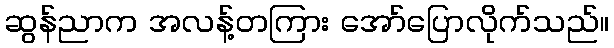
ဆွန်ညာက အလန့်တကြား အော်ပြောလိုက်သည်။